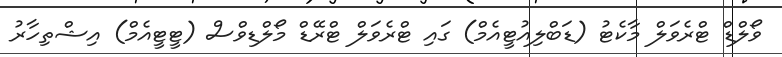
ވޯލްޑް ޓްރެވަލް މާކެޓު (ޑަބްލިއުޓީއެމް) ގައި ޓްރެވަލް ޓްރޭޑް މޯލްޑިވްސް (ޓީޓީއެމް) އިޝްތިހާރު